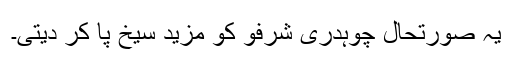
یہ صورتحال چوہدری شرفو کو مزید سیخ پا کر دیتی۔